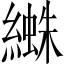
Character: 𦅱